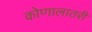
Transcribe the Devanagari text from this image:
कोणालातरी